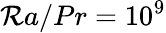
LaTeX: \mathcal{R}a/Pr=10^{9}